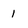
Character: 1